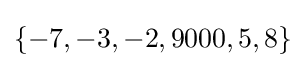
\{-7,-3,-2,9000,5,8\}